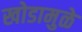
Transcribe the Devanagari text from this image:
खोडामुळे